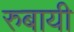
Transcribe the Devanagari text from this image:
रुबायी